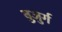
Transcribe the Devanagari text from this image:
बुजु़र्ग